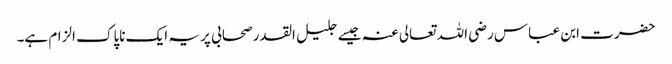
حضرت ابن عباس رضی اللہ تعالی عنہ جیسے جلیل القدر صحابی پر یہ ایک ناپاک الزام ہے۔